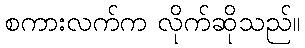
စကားလက်က လိုက်ဆိုသည်။